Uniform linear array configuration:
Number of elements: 16
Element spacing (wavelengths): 1
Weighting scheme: hann
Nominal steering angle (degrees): -45
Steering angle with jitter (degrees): -46.163
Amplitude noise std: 0.05
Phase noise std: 0.05

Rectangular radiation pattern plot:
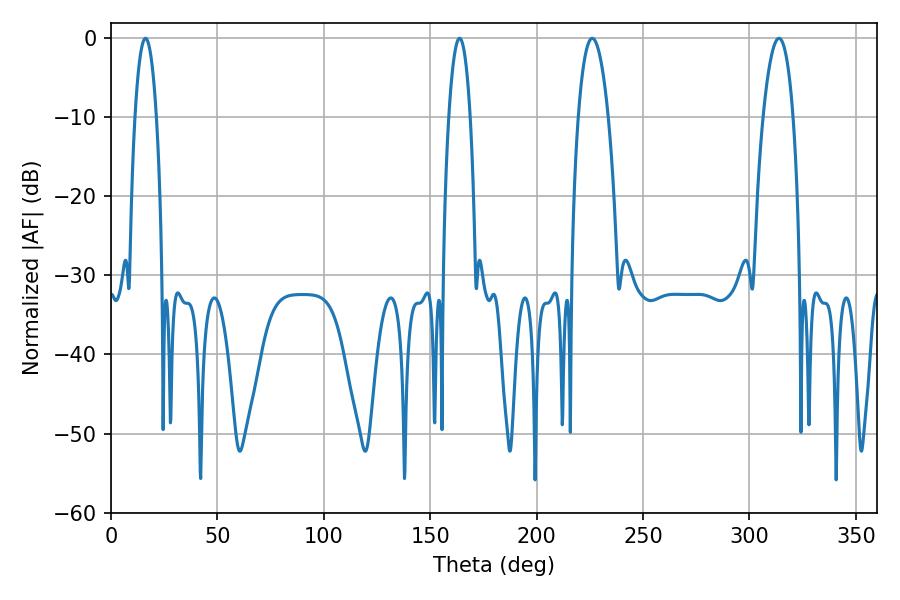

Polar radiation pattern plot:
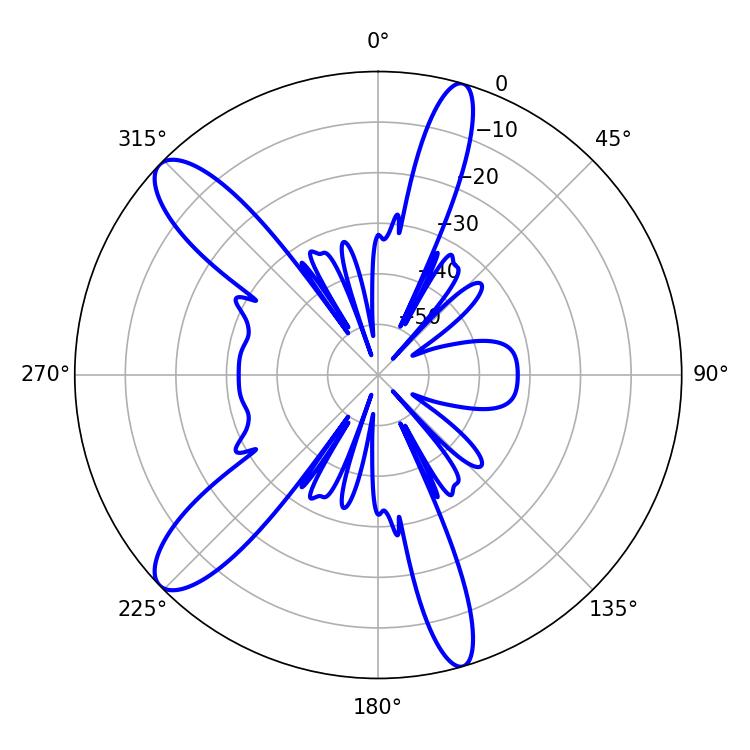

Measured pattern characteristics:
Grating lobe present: TRUE
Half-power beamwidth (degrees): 5.58
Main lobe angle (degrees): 16.2